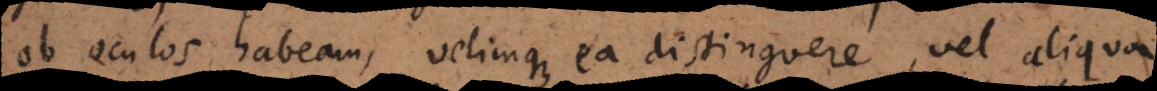
ob oculos habeam, velimque ea distinguere, vel aliqua